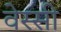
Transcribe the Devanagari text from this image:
वेस्सी